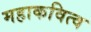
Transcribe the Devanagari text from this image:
महाकवित्व